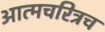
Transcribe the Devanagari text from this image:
आत्मचरित्रच